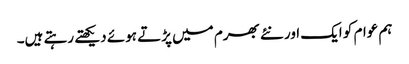
ہم عوام کو ایک اور نئے بھرم میں پڑتے ہوئے دیکھتے رہتے ہیں۔